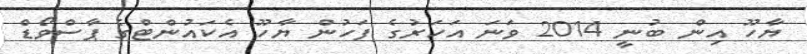
ޔާހޫ އިން ބުނީ 2014 ވަނަ އަހަރުގެ ފަހުން ޔާހޫ އެކައުންޓްގެ ޕާސްވޯޑް